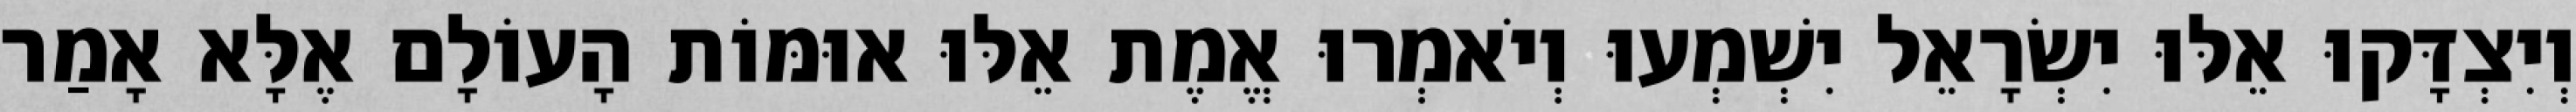
וְיִצְדָּקוּ אֵלּוּ יִשְׂרָאֵל יִשְׁמְעוּ וְיֹאמְרוּ אֱמֶת אֵלּוּ אוּמּוֹת הָעוֹלָם אֶלָּא אָמַר